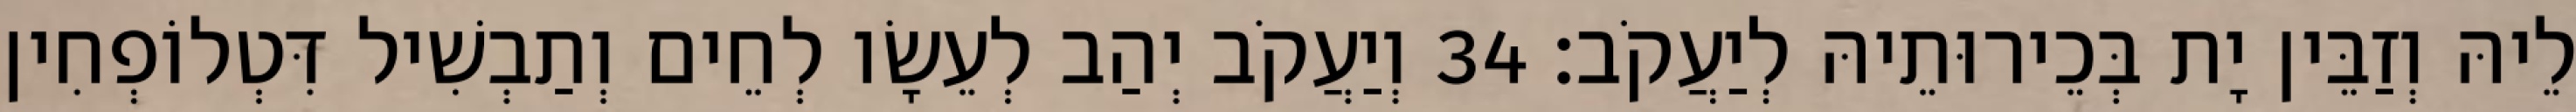
לֵיהּ וְזַבֵּין יָת בְּכֵירוּתֵיהּ לְיַעֲקֹב׃ 34 וְיַעֲקֹב יְהַב לְעֵשָׂו לְחֵים וְתַבְשִׁיל דִּטְלוֹפְחִין